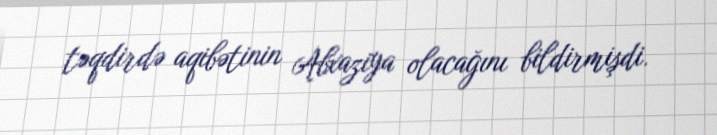
təqdirdə aqibətinin Abxaziya olacağını bildirmişdi.